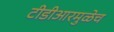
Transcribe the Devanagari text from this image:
टीडीआरमुळेच